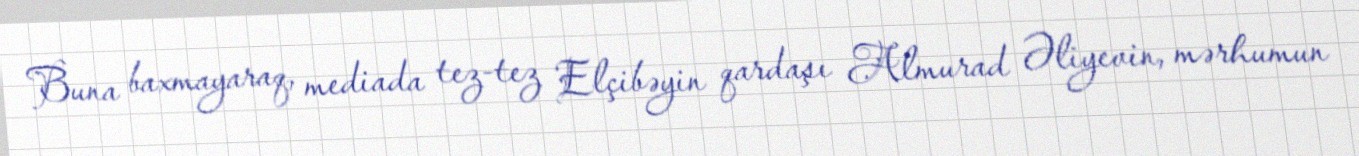
Buna baxmayaraq, mediada tez-tez Elçibəyin qardaşı Almurad Əliyevin, mərhumun